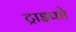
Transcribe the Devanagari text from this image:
ट्राइफो